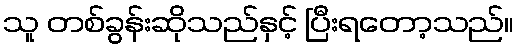
သူ တစ်ခွန်းဆိုသည်နှင့် ပြီးရတော့သည်။